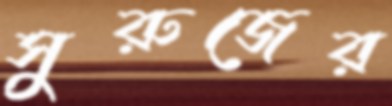
সুরুজের